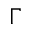
\Gamma